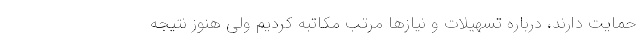
حمایت دارند، درباره تسهیلات و نیازها مرتب مکاتبه کردیم ولی هنوز نتیجه